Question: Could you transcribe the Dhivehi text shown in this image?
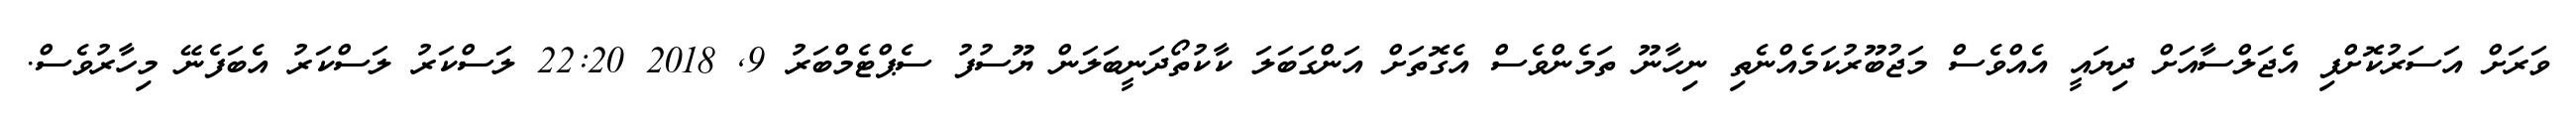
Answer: ވަރަށް އަސަރުކޮށްފި އެޖަލްސާއަށް ދިޔައީ އެއްވެސް މަޖުބޫރުކަމެއްނެތި ނިހާނޫ ތަމެންވެސް އެގޮތަށް އަންގަބަލަ ކާކުތޯދަނީބަލަން ޔޫސުފު ސެޕްޓެމްބަރު 9, 2018 22:20 ލަސްކަރު ލަސްކަރު އެބަފެނޭ މިހާރުވެސް.